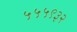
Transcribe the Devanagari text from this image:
५५५९३२